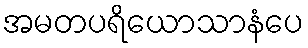
အမတပရိယောသာနံပေ